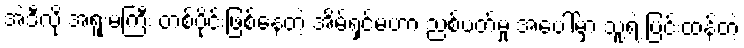
အဲဒီလို အရူးမကြီး တစ်ပိုင်းဖြစ်နေတဲ့ အိမ်ရှင်မဟာ ညစ်ပတ်မှု အပေါ်မှာ သူ့ရဲ့ ပြင်းထန်တဲ့